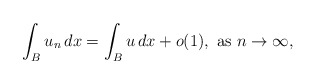
\begin{align*}\int_B u_n\,dx=\int_B u\,dx+o(1),\mbox{ as }n\to \infty,\end{align*}